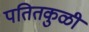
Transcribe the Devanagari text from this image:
पतितकुळी